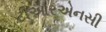
ટીઆરએનસી